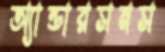
অ্যান্ডারসনস